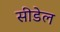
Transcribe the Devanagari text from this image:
सीडेल